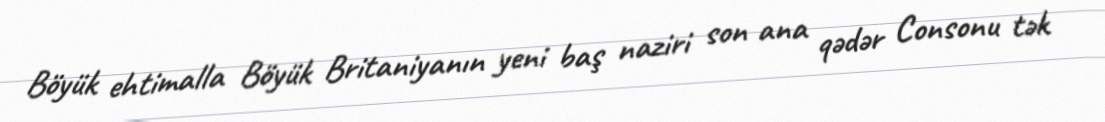
Böyük ehtimalla Böyük Britaniyanın yeni baş naziri son ana qədər Consonu tək